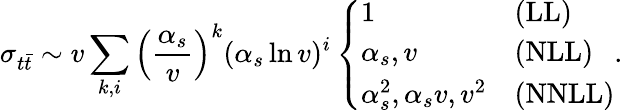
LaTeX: \sigma_{t\bar{t}}\sim{v}\sum_{k,i}\left(\frac{\alpha_{s}}{v}\right)^{k}(\alpha_{s}\ln{v})^{i}\left\{ \begin{array}{ll}{{1}}&{{\mathrm{(LL)}}}\\ {{\alpha_{s},v}}&{{\mathrm{(NLL)}}}\\ {{\alpha_{s}^{2},\alpha_{s}{v},v^{2}}}&{{\mathrm{(NNLL)}}}\end{array}\right..